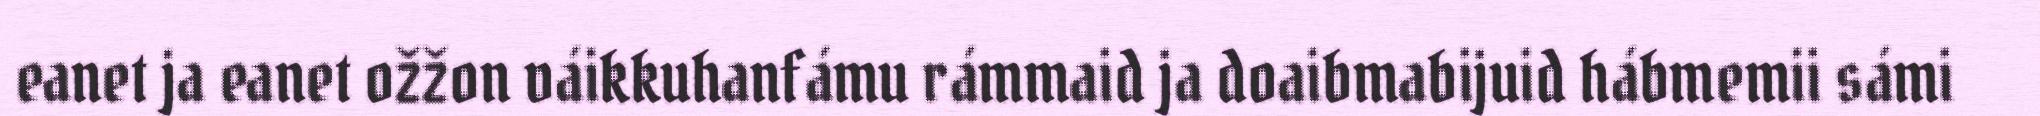
eanet ja eanet ožžon váikkuhanfámu rámmaid ja doaibmabijuid hábmemii sámi